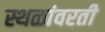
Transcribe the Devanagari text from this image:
स्थळांवरती